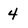
Character: 4